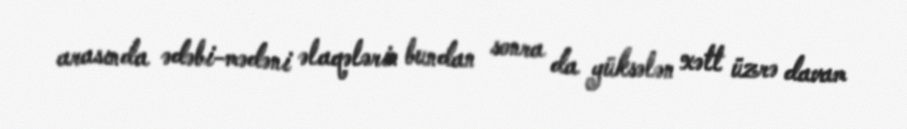
arasında ədəbi-mədəni əlaqələrin bundan sonra da yüksələn xətt üzrə davam